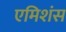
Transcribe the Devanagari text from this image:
एमिशंस